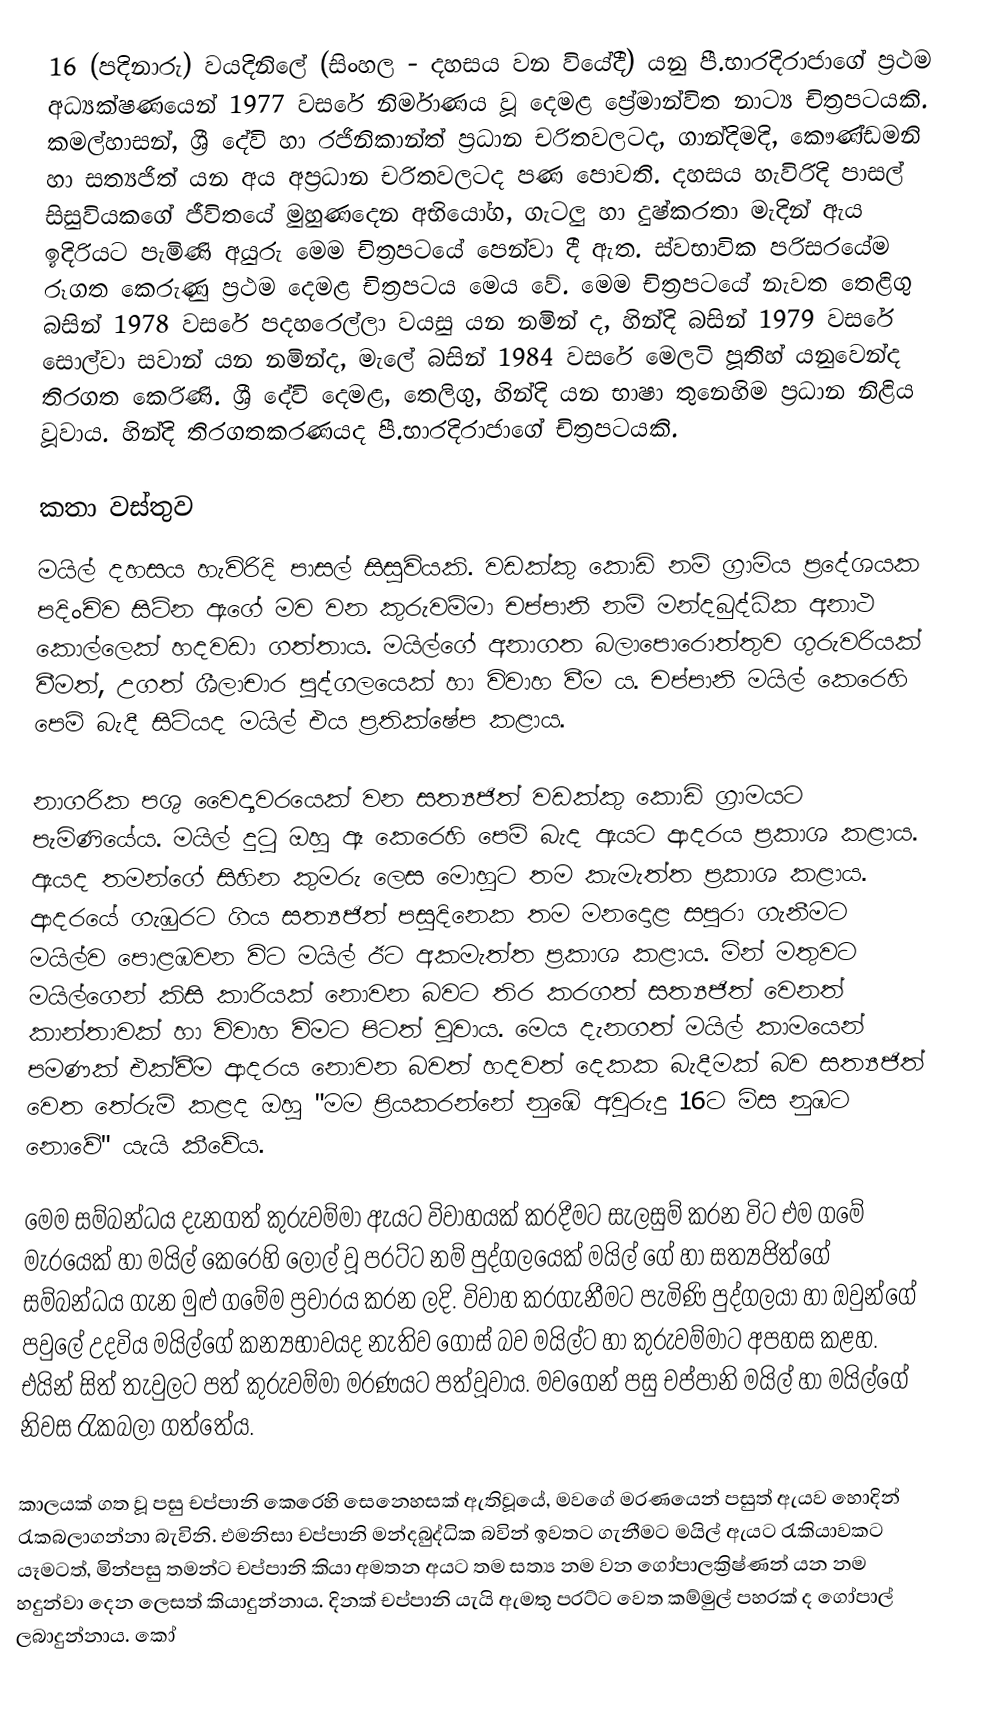
16 (පදිනාරු) වයදිනිලේ (සිංහල - දහසය වන වියේදී) යනු පී.භාරදිරාජාගේ ප්‍රථම අධ්‍යක්ෂණයෙන් 1977 වසරේ නිර්මාණය වූ දෙමළ ප්‍රේමාන්විත නාට්‍ය චිත්‍රපටයකි. කමල්හාසන්, ශ්‍රී දේවි හා රජිනිකාන්ත් ප්‍රධාන චරිතවලටද, ගාන්දිමදි, කෞණ්ඩමනි හා සත්‍යජිත් යන අය අප්‍රධාන චරිතවලටද පණ පොවති. දහසය හැවිරිදි පාසල් සිසුවියකගේ ජීවිතයේ මුහුණදෙන අභියෝග, ගැටලු හා දුෂ්කරතා මැදින් ඇය ඉදිරියට පැමිණි අයුරු මෙම චිත්‍රපටයේ පෙන්වා දී ඇත. ස්වභාවික පරිසරයේම රූගත කෙරුණු ප්‍රථම දෙමළ චිත්‍රපටය මෙය වේ. මෙම චිත්‍රපටයේ නැවත තෙළිගු බසින් 1978 වසරේ පදහරෙල්ලා වයසු යන නමින් ද, හින්දි බසින් 1979 වසරේ සොල්වා සවාන් යන නමින්ද, මැලේ බසින් 1984 වසරේ මෙලටි පූතිහ් යනුවෙන්ද තිරගත කෙරිණි. ශ්‍රී දේවි දෙමළ, තෙලිගු, හින්දි යන භාෂා තුනෙහිම ප්‍රධාන නිළිය වූවාය. හින්දි තිරගතකරණයද පී.භාරදිරාජාගේ චිත්‍රපටයකි.

කතා වස්තුව
මයිල් දහසය හැවිරිදි පාසල් සිසුවියකි. වඩක්කු කොඩි නම් ග්‍රාමිය ප්‍රදේශයක පදිංචිව සිටින ඇගේ මව වන කුරුවම්මා චප්පානි නම් මන්දබුද්ධික අනාථ කොල්ලෙක් හදවඩා ගත්තාය. මයිල්ගේ අනාගත බලාපොරොත්තුව ගුරුවරියක් වීමත්, උගත් ශීලාචාර පුද්ගලයෙක් හා විවාහ වීම ය. චප්පානි මයිල් කෙරෙහි පෙම් බැදී සිටියද මයිල් එය ප්‍රතික්ෂේප කළාය.

නාගරික පශු වෛද්‍යවරයෙක් වන සත්‍යජිත් වඩක්කු කොඩි ග්‍රාමයට පැමිණියේය. මයිල් දුටු ඔහු ඈ කෙරෙහි පෙම් බැද ඇයට ආදරය ප්‍රකාශ කළාය. ඇයද තමන්ගේ සිහින කුමරු ලෙස මොහුට තම කැමැත්ත ප්‍රකාශ කළාය. ආදරයේ ගැඹුරට ගිය සත්‍යජිත් පසුදිනෙක තම මනදොළ සපුරා ගැනීමට මයිල්ව පොළඹවන විට මයිල් ඊට අකමැත්ත ප්‍රකාශ කළාය. මින් මතුවට මයිල්ගෙන් කිසි කාරියක් නොවන බවට තිර කරගත් සත්‍යජිත් වෙනත් කාන්තාවක් හා විවාහ විමට පිටත් වූවාය. මෙය දැනගත් මයිල් කාමයෙන් පමණක් එක්වීම ආදරය නොවන බවත් හදවත් දෙකක බැදීමක් බව සත්‍යජිත් වෙත තේරුම් කළද ඔහු "මම ප්‍රියකරන්නේ නුඹේ අවුරුදු 16ට මිස නුඹට නොවේ" යැයි කීවේය.

මෙම සම්බන්ධය දැනගත් කුරුවම්මා ඇයට විවාහයක් කරදීමට සැලසුම් කරන විට එම ගමේ මැරයෙක් හා මයිල් කෙරෙහි ලොල් වූ පරට්ට නම් පුද්ගලයෙක් මයිල් ගේ හා සත්‍යජිත්ගේ සම්බන්ධය ගැන මුළු ගමේම ප්‍රචාරය කරන ලදි. විවාහ කරගැනීමට පැමිණි පුද්ගලයා හා ඔවුන්ගේ පවුලේ උදවිය මයිල්ගේ කන්‍යභාවයද නැතිව ගොස් බව මයිල්ට හා කුරුවම්මාට අපහස කළහ. එයින් සිත් තැවුලට පත් කුරුවම්මා මරණයට පත්වූවාය. මවගෙන් පසු චප්පානි මයිල් හා මයිල්ගේ නිවස රැකබලා ගත්තේය.

කාලයක් ගත වූ පසු චප්පානි කෙරෙහි සෙනෙහසක් ඇතිවූයේ, මවගේ මරණයෙන් පසුත් ඇයව හොදින් රැකබලාගන්නා බැවිනි. එමනිසා චප්පානි මන්දබුද්ධික බවින් ඉවතට ගැනීමට මයිල් ඇයට රැකියාවකට යෑමටත්, මින්පසු තමන්ට චප්පානි කියා අමතන අයට තම සත්‍ය නම වන ගෝපාලක්‍රිෂ්ණන් යන නම හදුන්වා දෙන ලෙසත් කියාදුන්නාය. දිනක් චප්පානි යැයි ඇමතු පරට්ට වෙත කම්මුල් පහරක් ද ගෝපාල් ලබාදුන්නාය. කෝ